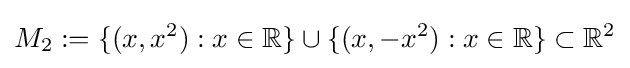
M_{2}:=\{(x,x^{2}):x\in \mathbb {R} \}\cup \{(x,-x^{2}):x\in \mathbb {R} \}\subset \mathbb {R} ^{2}